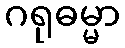
ဂရုဓမ္မာ